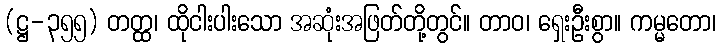
(ဋ္ဌ-၃၅၅) တတ္ထ၊ ထိုငါးပါးသော အဆုံးအဖြတ်တို့တွင်။ တာဝ၊ ရှေးဦးစွာ။ ကမ္မတော၊